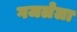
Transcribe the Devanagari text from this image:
गजलेला